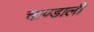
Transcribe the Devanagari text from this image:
चाण्डाली